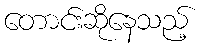
တောင်းဆိုနေသည့်